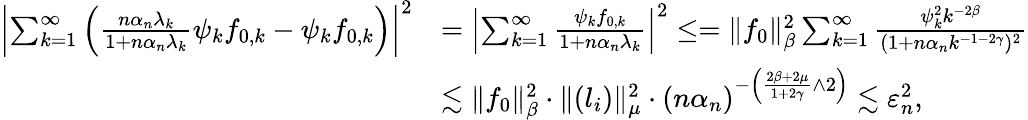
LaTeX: \begin{array}{rl}{\left|\sum_{k=1}^{\infty}\left(\frac{n{\alpha_{n}}\lambda_{k}}{1+n{\alpha_{n}}\lambda_{k}}\psi_{k}f_{0,k}-\psi_{k}f_{0,k}\right)\right|^{2}}&{=\left|\sum_{k=1}^{\infty}\frac{\psi_{k}f_{0,k}}{1+n{\alpha_{n}}\lambda_{k}}\right|^{2}\leq=\| f_{0}\| _{\beta}^{2}\sum_{k=1}^{\infty}\frac{\psi_{k}^{2}k^{-2\beta}}{(1+n\alpha_{n}k^{-1-2\gamma})^{2}}}\\ &{\lesssim\| f_{0}\| _{\beta}^{2}\cdot\| (l_{i})\| _{\mu}^{2}\cdot(n\alpha_{n})^{-\left(\frac{2\beta+2\mu}{1+2\gamma}\wedge 2\right)}\lesssim\varepsilon_{n}^{2},}\end{array}